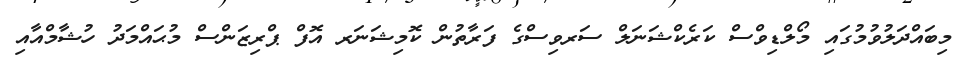
މިބައްދަލުވުމުގައި މޯލްޑިވްސް ކަރެކްޝަނަލް ސަރވިސްގެ ފަރާތުން ކޮމިޝަނަރ އޮފް ޕްރިޒަންސް މުޙައްމަދު ހުޝާމްއާއި